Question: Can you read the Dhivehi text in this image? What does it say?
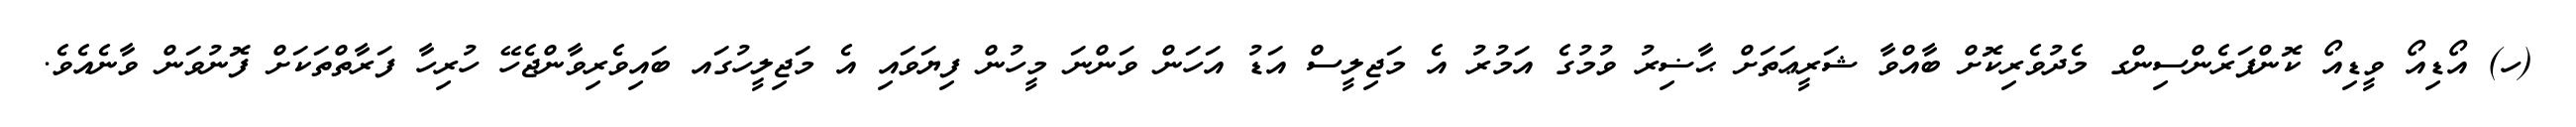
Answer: (ހ) އޯޑިއޯ ވީޑިއޯ ކޮންފަރެންސިންގ މެދުވެރިކޮށް ބާއްވާ ޝަރީޢަތަށް ޙާޟިރު ވުމުގެ އަމުރު އެ މަޖިލީސް އަޑު އަހަން ވަންނަ މީހުން ފިޔަވައި އެ މަޖިލީހުގައ ބައިވެރިވާންޖެހޭ ހުރިހާ ފަރާތްތަކަށް ފޮނުވަން ވާނެއެވެ.